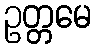
ဥတ္တမေ